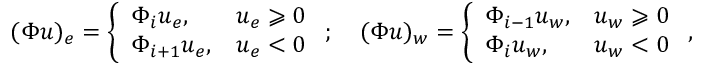
( \Phi u ) _ { e } = \left\{ \begin{array} { l l } { \Phi _ { i } u _ { e } , } & { u _ { e } \geqslant 0 } \\ { \Phi _ { i + 1 } u _ { e } , } & { u _ { e } < 0 } \end{array} \right. ; \quad ( \Phi u ) _ { w } = \left\{ \begin{array} { l l } { \Phi _ { i - 1 } u _ { w } , } & { u _ { w } \geqslant 0 } \\ { \Phi _ { i } u _ { w } , } & { u _ { w } < 0 } \end{array} \right. ,